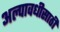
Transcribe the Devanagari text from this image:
अल्पावधीसाठी